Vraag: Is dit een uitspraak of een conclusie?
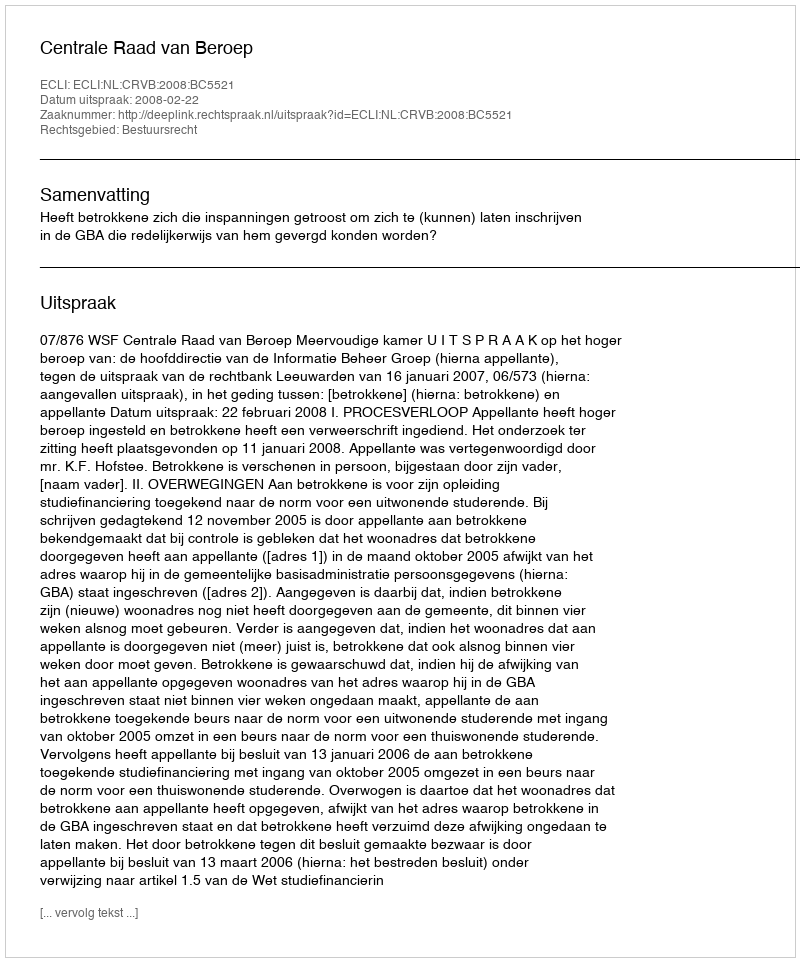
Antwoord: Uitspraak